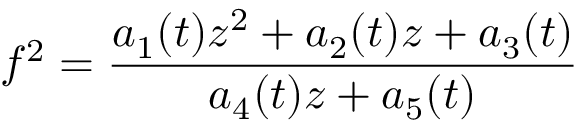
f ^ { 2 } = \frac { a _ { 1 } ( t ) z ^ { 2 } + a _ { 2 } ( t ) z + a _ { 3 } ( t ) } { a _ { 4 } ( t ) z + a _ { 5 } ( t ) }